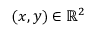
( x , y ) \in \mathbb { R } ^ { 2 }